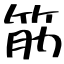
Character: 筋